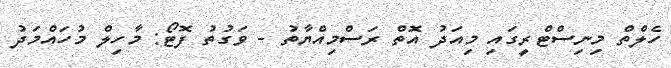
ހެލްތް މިނިސްޓްރީގައި މިއަދު އޮތް ރަސްމިއްޔާތު - ވަގުތު ފޮޓޯ: މާހިލް މުހައްމަދު